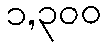
၁,၃၀၀